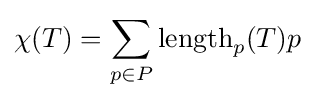
\chi (T)=\sum _{p\in P}\operatorname {length} _{p}(T)p